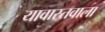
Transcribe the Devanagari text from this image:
यावास्तवाला